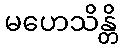
မဟေသိန္တိ